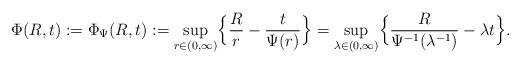
\begin{align*}\Phi(R,t):=\Phi_{\Psi}(R,t):=\sup_{r\in(0,\infty)}\Bigl\{\frac{R}{r}-\frac{t}{\Psi(r)}\Bigr\}=\sup_{\lambda\in(0,\infty)}\Bigl\{\frac{R}{\Psi^{-1}(\lambda^{-1})}-\lambda t\Bigr\}.\end{align*}